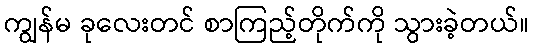
ကျွန်မ ခုလေးတင် စာကြည့်တိုက်ကို သွားခဲ့တယ်။